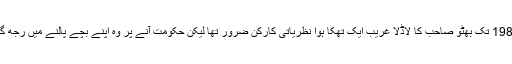
1988 تک بھُٹو صاحب کا لاڈلا غریب ایک تھکا ہوا نظریاتی کارکن ضرور تھا لیکن حکومت آنے پر وہ اپنے بچے پالنے میں رُجھ گیا۔